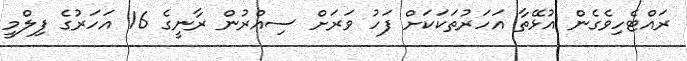
ރައްޓެހިވެގެން އުޅޭތާ އަހަރުތަކަކަށް ފަހު ވަރަށް ސިއްރުން ރާނީގެ 16 އަހަރުގެ ފިލްމީ